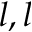
l , l